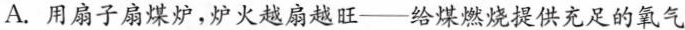
A.用扇子扇煤炉，炉火越扇越旺—给煤燃烧提供充足的氧气